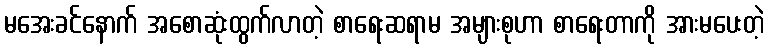
မအေးခင်နောက် အစောဆုံးထွက်လာတဲ့ စာရေးဆရာမ အများစုဟာ စာရေးတာကို အားမပေးတဲ့